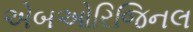
એબઓરિજિનલ